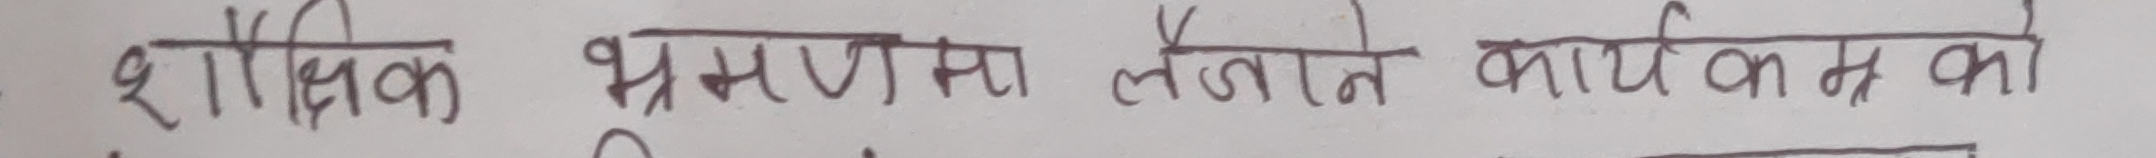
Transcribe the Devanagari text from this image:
शैक्षिक भ्रमणका लागि कार्यक्रमका